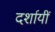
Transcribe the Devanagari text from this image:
दर्शायीं